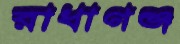
রাধাগঞ্জ